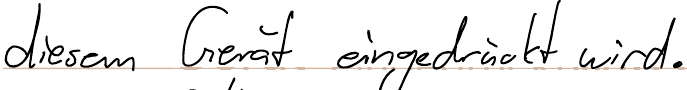
diesem Gerät eingedrückt wird.